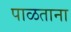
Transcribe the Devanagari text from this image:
पाळताना